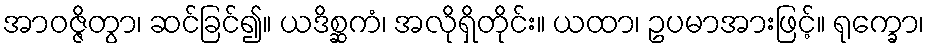
အာဝဇ္ဇိတွာ၊ ဆင်ခြင်၍။ ယဒိစ္ဆကံ၊ အလိုရှိတိုင်း။ ယထာ၊ ဥပမာအားဖြင့်။ ရုက္ခော၊